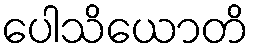
ပေါသိယောတိ